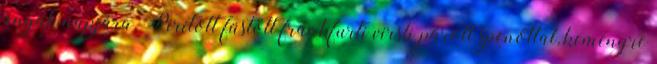
anyák napjára. Pirított füstölt frankfurti virsli párolt spenóttal, keményre